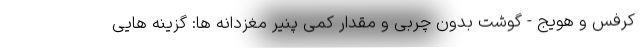
کرفس و هویج - گوشت بدون چربی و مقدار کمی پنیر مغزدانه ها: گزینه هایی